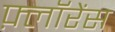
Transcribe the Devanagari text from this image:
फ़्लॉरेंस